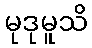
မုဒုမူသိ